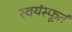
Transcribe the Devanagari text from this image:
स्वयंस्फूर्त